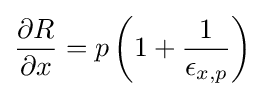
{\frac {\partial R}{\partial x}}=p\left(1+{\frac {1}{\epsilon _{x,p}}}\right)